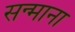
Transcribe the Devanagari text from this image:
सन्माना